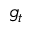
g _ { t }